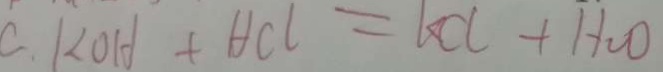
C . K O H + H C l = K C l + H _ { 2 } O